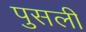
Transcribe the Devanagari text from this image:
पुसली